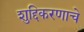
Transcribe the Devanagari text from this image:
शुद्दिकरणाचे